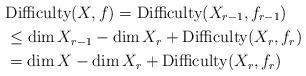
LaTeX: \begin{align*} &\textnormal{Difficulty}(X,f)=\textnormal{Difficulty}(X_{r-1},f_{r-1})\\&\leq \dim X_{r-1}-\dim X_r+\textnormal{Difficulty}(X_{r},f_{r})\\&= \dim X-\dim X_r+\textnormal{Difficulty}(X_{r},f_{r}) \end{align*}